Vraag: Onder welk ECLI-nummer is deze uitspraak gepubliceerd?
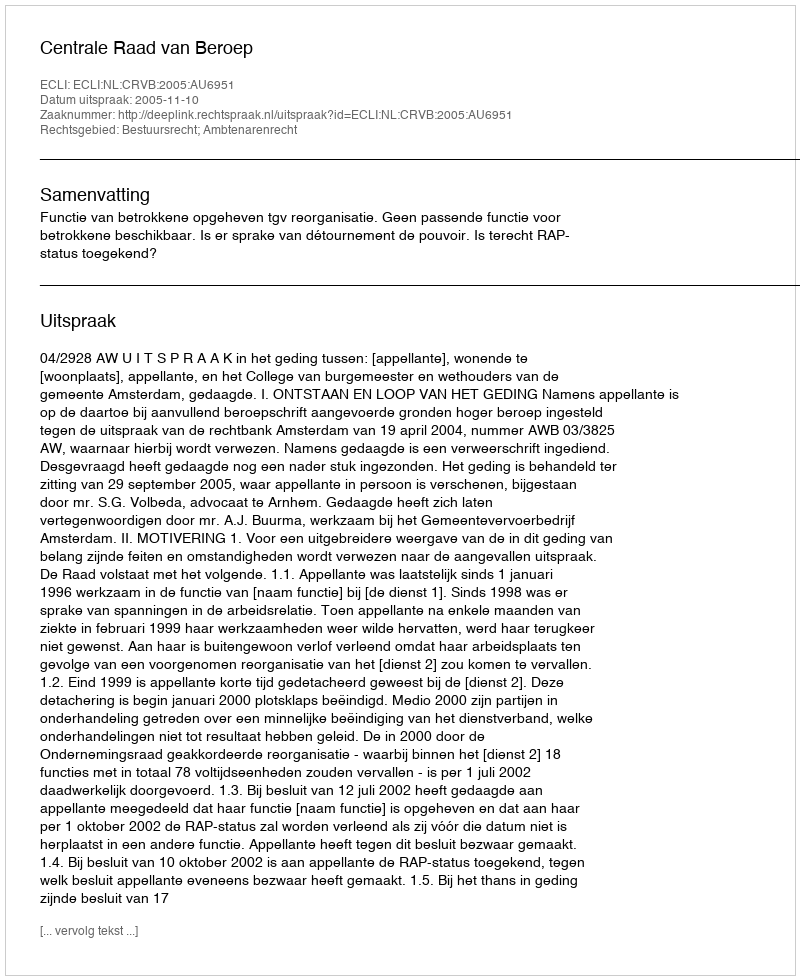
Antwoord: ECLI:NL:CRVB:2005:AU6951